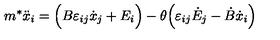
m ^ { * } \ddot { x } _ { i } = \Big ( B \varepsilon _ { i j } \dot { x } _ { j } + E _ { i } \Big ) - \theta \Big ( \varepsilon _ { i j } \dot { E } _ { j } - \dot { B } \dot { x } _ { i } \Big )